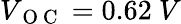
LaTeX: V_{\mathrm{~O~C~}}=0.62\ V